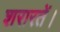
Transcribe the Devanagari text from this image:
शरारतें।